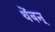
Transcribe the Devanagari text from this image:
थेंबन्